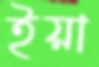
ইয়া